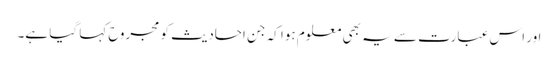
اور اس عبارت سے یہ بھی معلوم ہوا کہ جن احادیث کو مجروح کہا گیا ہے۔